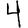
Digit: 4